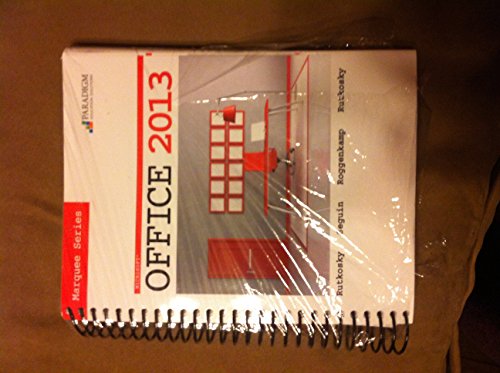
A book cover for Microsoft Office 2013 (Marquee); Nita Hewitt Rutkosky; Computers & Technology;